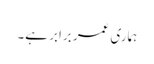
ہماری عمر برابر ہے۔